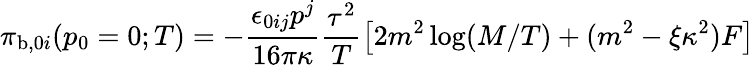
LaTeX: {\cal{\pi}}_{\mathrm{b},0i}(p_{0}=0;T)=-\frac{\epsilon_{0ij}p^{j}}{16\pi\kappa}\frac{\tau^{2}}{T}\left[2m^{2}\log(M/T)+(m^{2}-\xi\kappa^{2})F\right]